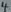
Text: 4